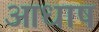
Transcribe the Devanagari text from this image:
आधाष